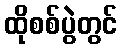
ထိုစစ်ပွဲတွင်